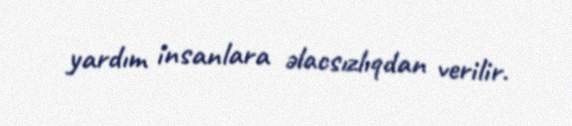
yardım insanlara əlacsızlıqdan verilir.